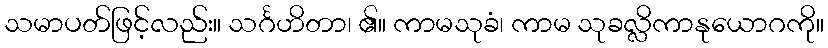
သမာပတ်ဖြင့်လည်း။ သင်္ဂဟိတာ၊ ၏။ ကာမသုခံ၊ ကာမ သုခလ္လိကာနုယောဂကို။